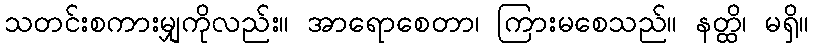
သတင်းစကားမျှကိုလည်း။ အာရောစေတာ၊ ကြားမစေသည်။ နတ္ထိ၊ မရှိ။